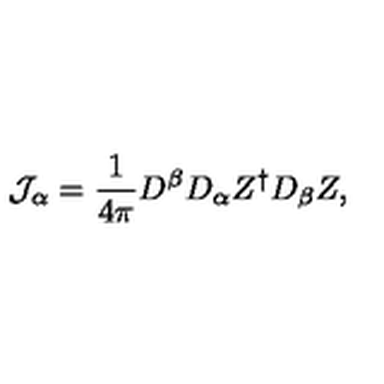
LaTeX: { \cal J } _ { \alpha } = \frac { 1 } { 4 \pi } D ^ { \beta } D _ { \alpha } Z ^ { \dagger } D _ { \beta } Z ,